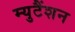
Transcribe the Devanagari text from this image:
म्युटैंशन